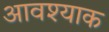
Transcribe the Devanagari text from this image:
आवश्याक